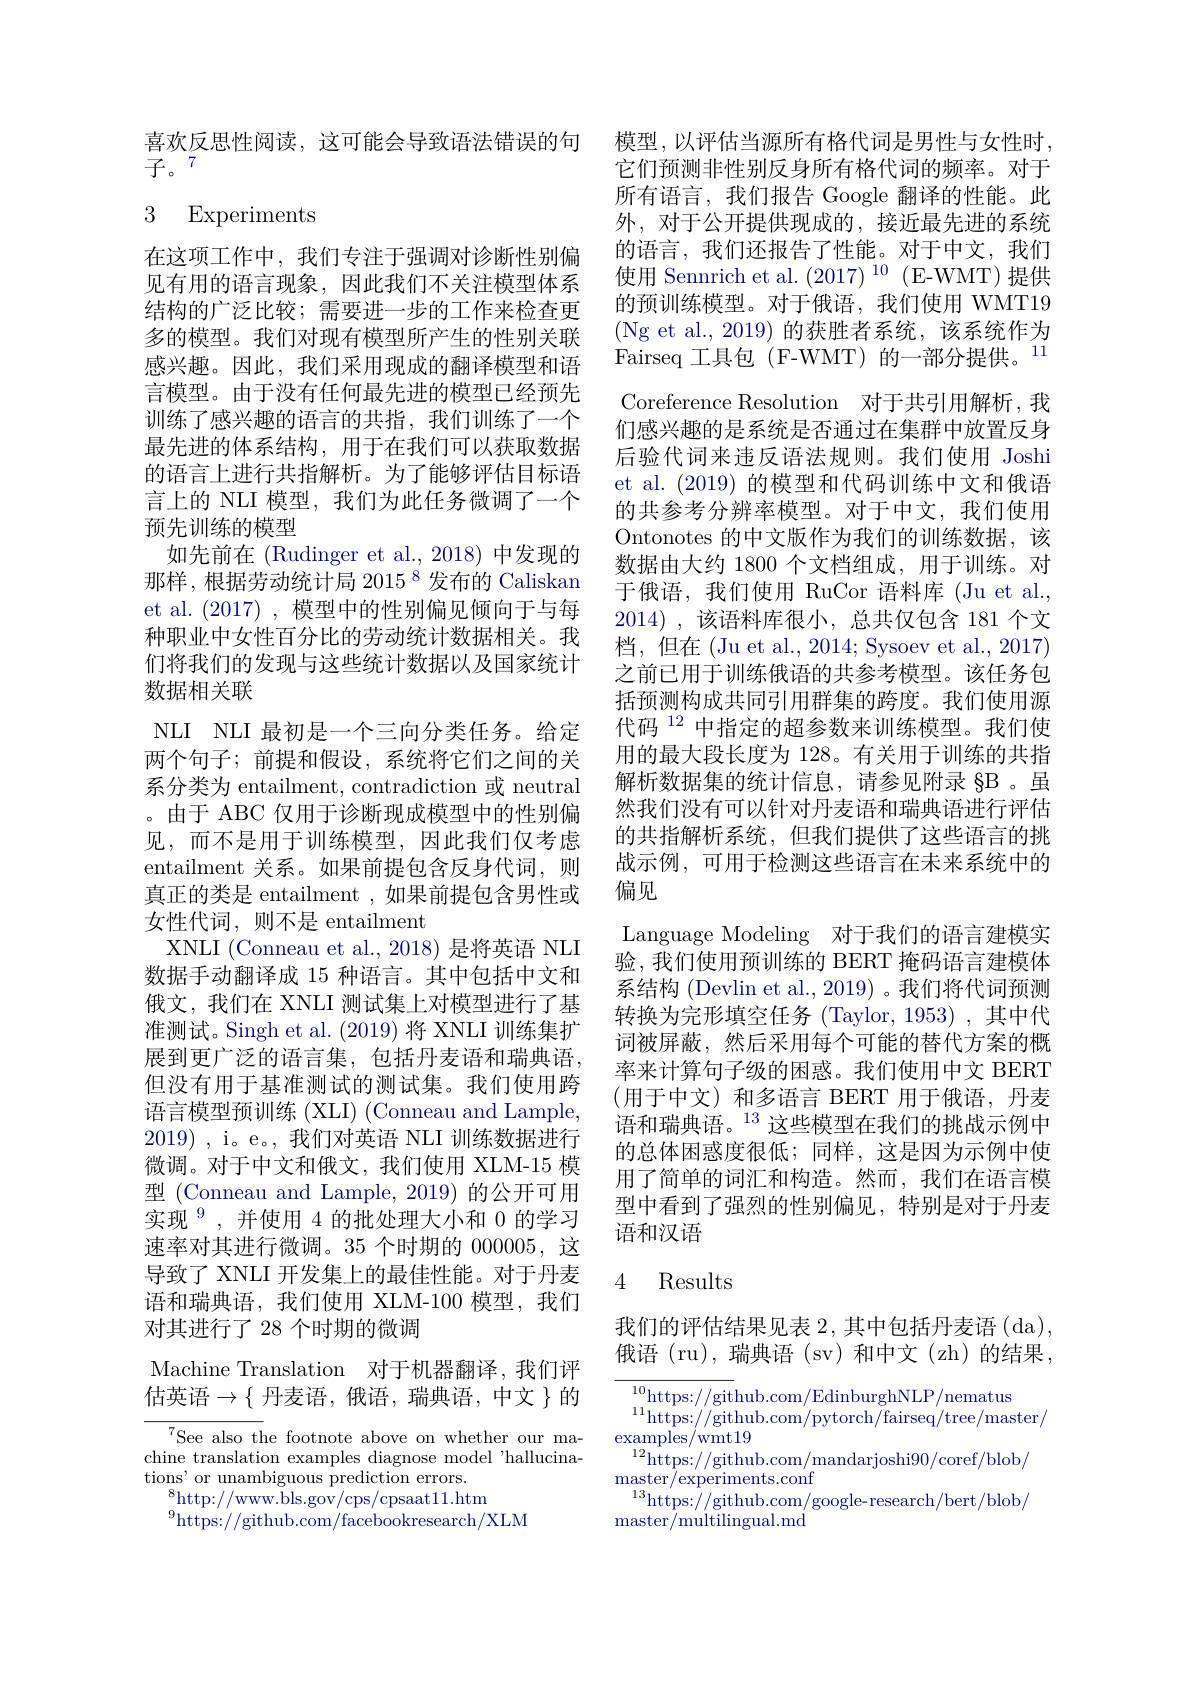
喜欢反思性阅读，这可能会导致语法错误的句
$\bar{\text{子。}7}$

# 3 Experiments

在这项工作中，我们专注于强调对诊断性别偏见有用的语言现象，因此我们不关注模型体系结构的广泛比较；需要进一步的工作来检查更多的模型。我们对现有模型所产生的性别关联感兴趣。因此，我们采用现成的翻译模型和语言模型。由于没有任何最先进的模型已经预先训练了感兴趣的语言的共指，我们训练了一个最先进的体系结构，用于在我们可以获取数据的语言上进行共指解析。为了能够评估目标语言上的 NLI 模型，我们为此任务微调了一个预先训练的模型
如先前在 (Rudinger et al., 2018) 中发现的那样，根据劳动统计局 2015 8 发布的 Caliskan et al.(2017) ,模型中的性别偏见倾向于与每种职业中女性百分比的劳动统计数据相关。我们将我们的发现与这些统计数据以及国家统计数据相关联

NLI NLI 最初是一个三向分类任务。给定两个句子；前提和假设，系统将它们之间的关系分类为 entailment, contradiction 或 neutral 。由于 ABC 仅用于诊断现成模型中的性别偏见，而不是用于训练模型，因此我们仅考虑entailment 关系。如果前提包含反身代词，则真正的类是 entailment , 如果前提包含男性或女性代词，则不是 entailment
XNLI (Conneau et al., 2018) 是将英语 NLI 数据手动翻译成 15 种语言。其中包括中文和俄文，我们在 XNLI 测试集上对模型进行了基准测试。Singh et al. (2019)将 XNLI 训练集扩展到更广泛的语言集，包括丹麦语和瑞典语， 但没有用于基准测试的测试集。我们使用跨语言模型预训练 (XLI) (Conneau and Lample, 2019) , i。e。, 我们对英语 NLI 训练数据进行微调。对于中文和俄文，我们使用 XLM-15 模型 (Conneau and Lample, 2019) 的公开可用实现$^{9}$,并使用 4 的批处理大小和 0 的学习速率对其进行微调。35 个时期的 000005,这导致了 XNLI 开发集上的最佳性能。对于丹麦语和瑞典语，我们使用 XLM-100 模型，我们对其进行了 28 个时期的微调
Machine Translation 对于机器翻译，我们评估英语$\to\{$丹麦语，俄语，瑞典语，中文$\}$的

$^{7}$See also the footnote above on whether our machine translation examples diagnose model'hallucinations' or unambiguous prediction errors.
$^{8}$http://www.bls.gov/cps/cpsaat11.htm
$^{9}$https://github.com/facebookresearch/XLM

模型，以评估当源所有格代词是男性与女性时， 它们预测非性别反身所有格代词的频率。对于所有语言，我们报告 Google 翻译的性能。此外，对于公开提供现成的，接近最先进的系统的语言，我们还报告了性能。对于中文，我们使用 Sennrich et al. $(2017)^{10}$ (E-WMT)提供的预训练模型。对于俄语，我们使用 WMT19 (Ng et al.,2019)的获胜者系统，该系统作为Fairseq 工具包(F-WMT)的一部分提供。11 Coreference Resolution 对于共引用解析，我们感兴趣的是系统是否通过在集群中放置反身后验代词来违反语法规则。我们使用 Joshi et al. (2019)的模型和代码训练中文和俄语的共参考分辨率模型。对于中文，我们使用Ontonotes 的中文版作为我们的训练数据，该数据由大约 1800 个文档组成，用于训练。对于俄语，我们使用 RuCor 语料库 (Ju et al., 2014) , 该语料库很小，总共仅包含 181 个文档，但在 (Ju et al., 2014; Sysoev et al., 2017) 之前已用于训练俄语的共参考模型。该任务包括预测构成共同引用群集的跨度。我们使用源代码$^{12}$中指定的超参数来训练模型。我们使用的最大段长度为 128。有关用于训练的共指解析数据集的统计信息，请参见附录 §B 。虽然我们没有可以针对丹麦语和瑞典语进行评估的共指解析系统，但我们提供了这些语言的挑战示例，可用于检测这些语言在未来系统中的偏见
Language Modeling 对于我们的语言建模实验，我们使用预训练的 BERT 掩码语言建模体系结构 (Devlin et al., 2019) 。我们将代词预测转换为完形填空任务 (Taylor, 1953) ,其中代词被屏蔽，然后采用每个可能的替代方案的概率来计算句子级的困惑。我们使用中文 BERT (用于中文)和多语言 BERT 用于俄语，丹麦语和瑞典语。$^{13}$这些模型在我们的挑战示例中的总体困惑度很低；同样，这是因为示例中使用了简单的词汇和构造。然而，我们在语言模型中看到了强烈的性别偏见，特别是对于丹麦语和汉语
4 Results

我们的评估结果见表 2, 其中包括丹麦语(da) 俄语 (ru), 瑞典语 (sv) 和中文 (zh) 的结果，

$\frac{10}{\mathrm{https://github.com/EdinburghNLP/nematus}}{11}$https://github.com/pytorch/fairseq/tree/master/
$\operatorname*{examples/wmt19}$
$^{12}$https://github.com/mandarjoshi90/coref/blob/
$\operatorname*{master}_{1}/$experiments.conf
$\operatorname*{limin}_{13}$https://github.com/google-research/bert/blob/
master/ multilingual. md